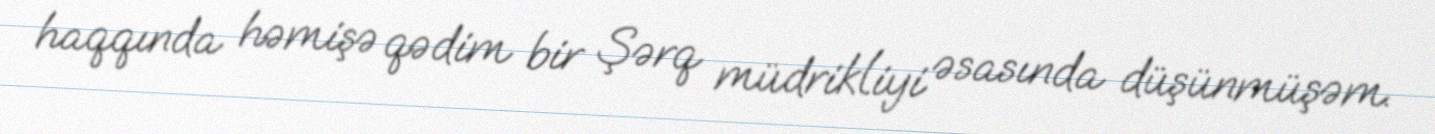
haqqında həmişə qədim bir Şərq müdrikliyi əsasında düşünmüşəm.